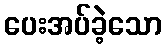
ပေးအပ်ခဲ့သော